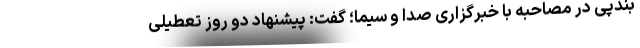
بندپی در مصاحبه با خبرگزاری صدا و سیما؛ گفت: پیشنهاد دو روز تعطیلی